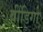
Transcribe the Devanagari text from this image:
वींडिगो